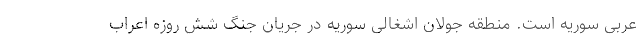
عربی سوریه است. منطقه جولان اشغالی سوریه در جریان جنگ شش روزه اعراب